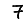
Digit: 7